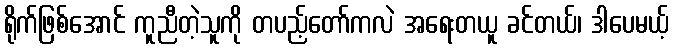
ရိုက်ဖြစ်အောင် ကူညီတဲ့သူကို တပည့်တော်ကလဲ အရေးတယူ ခင်တယ်၊ ဒါပေမယ့်